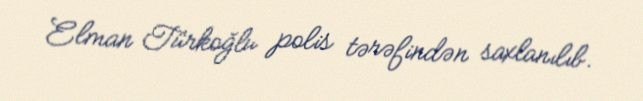
Elman Türkoğlu polis tərəfindən saxlanılıb.